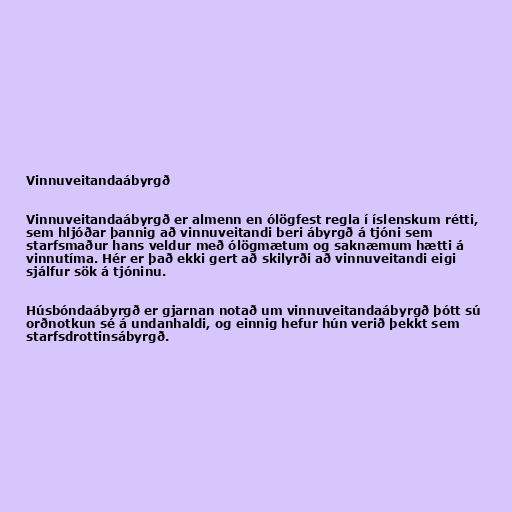
Vinnuveitandaábyrgð

Vinnuveitandaábyrgð er almenn en ólögfest regla í íslenskum rétti,
sem hljóðar þannig að vinnuveitandi beri ábyrgð á tjóni sem
starfsmaður hans veldur með ólögmætum og saknæmum hætti á
vinnutíma. Hér er það ekki gert að skilyrði að vinnuveitandi eigi
sjálfur sök á tjóninu.

Húsbóndaábyrgð er gjarnan notað um vinnuveitandaábyrgð þótt sú
orðnotkun sé á undanhaldi, og einnig hefur hún verið þekkt sem
starfsdrottinsábyrgð.